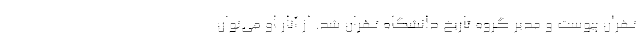
تهران پیوست و مدیر گروه تاریخ دانشگاه تهران شد. از آثار او می‌توان